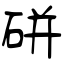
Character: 硑